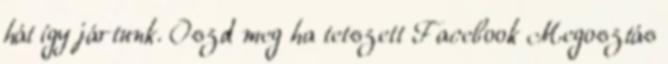
hát így jártunk. Oszd meg ha tetszett Facebook Megosztás